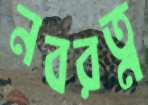
নবরত্ন